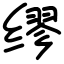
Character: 缪